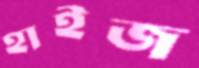
হাইজ